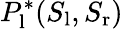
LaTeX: P_{\mathrm{l}}^{*}(S_{\mathrm{l}},S_{\mathrm{r}})